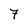
Character: 7